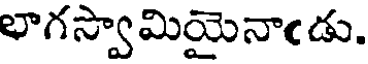
లాగస్వామియైనాఁడు.